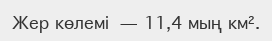
Жер көлемі — 11,4 мың км².